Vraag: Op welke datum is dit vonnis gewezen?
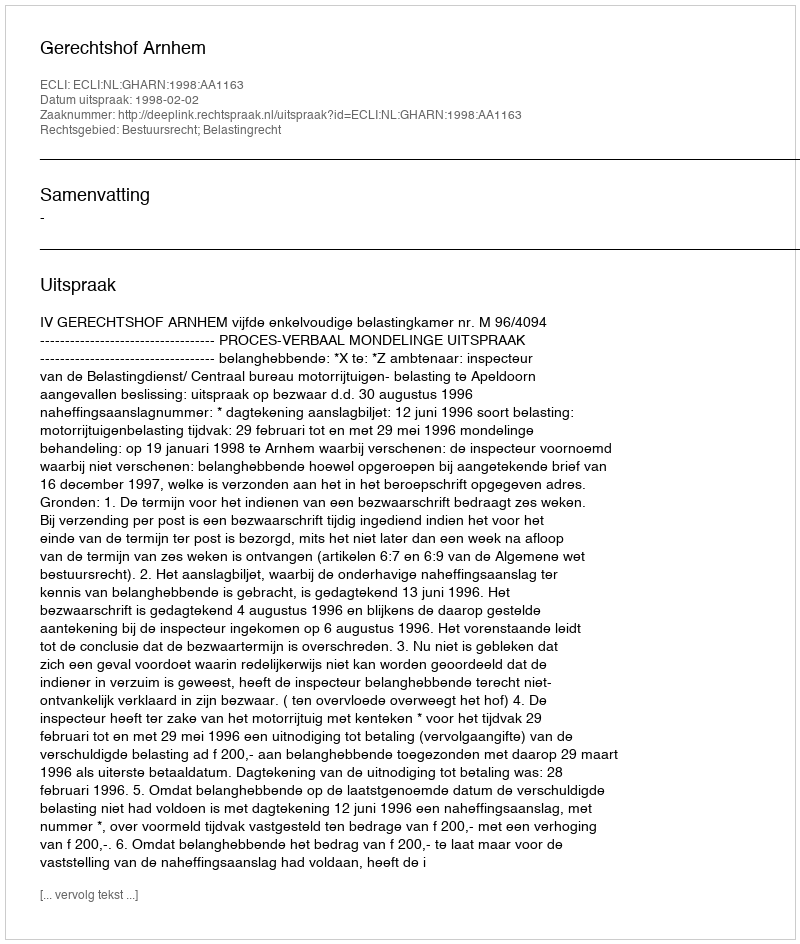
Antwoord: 1998-02-02